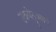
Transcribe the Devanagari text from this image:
उकपेनुअकाई